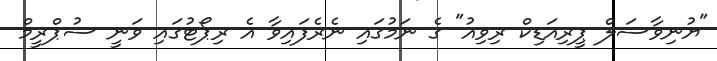
"ޔުނިވާސަލް ޕީރިއަޑިކް ރިވިއު" ގެ ނަމުގައި ނެރެފައިވާ އެ ރިޕޯޓުގައި ވަނީ ސުޕްރީމް